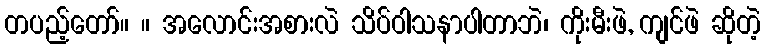
တပည့်တော်။ ။ အလောင်းအစားလဲ သိပ်ဝါသနာပါတာဘဲ၊ ကိုးမီးဖဲ, ကျင်ဖဲ ဆိုတဲ့